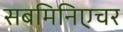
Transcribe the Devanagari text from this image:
सबमिनिएचर